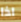
اذا